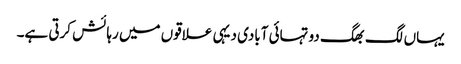
یہاں لگ بھگ دو تہائی آبادی دیہی علاقوں میں رہائش کرتی ہے۔